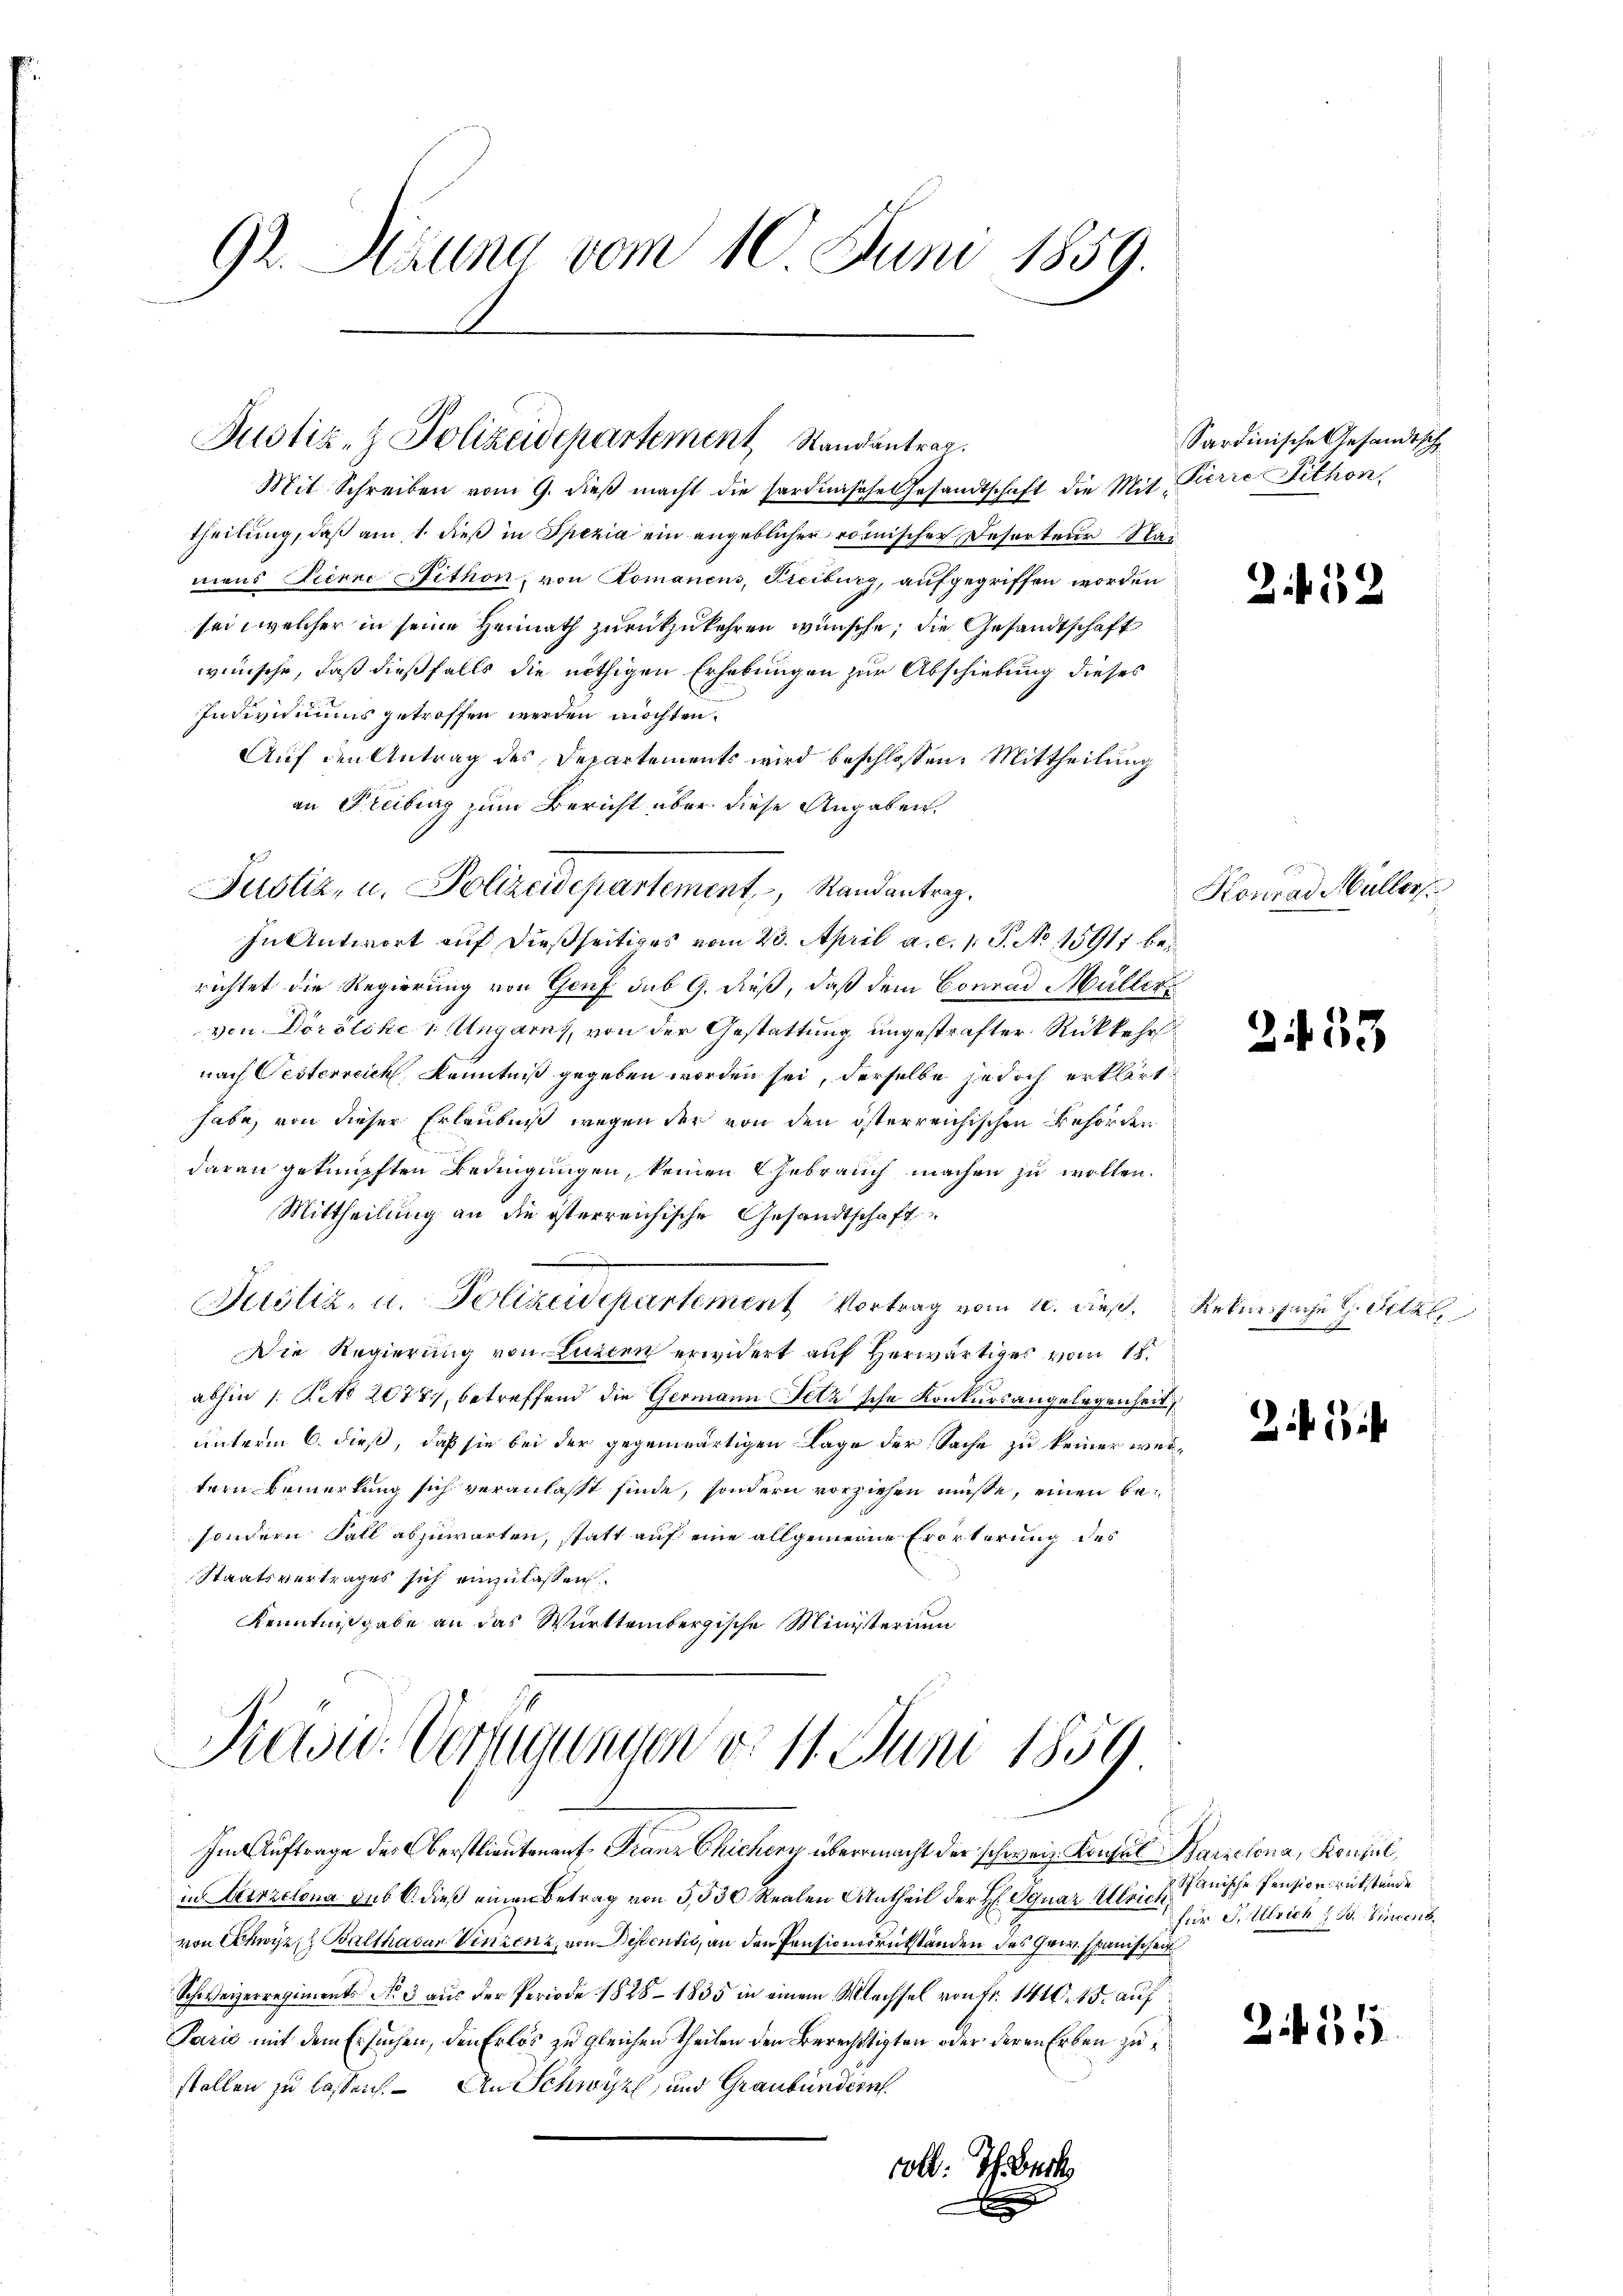
92. Sitzung vom 10. Juni 1859.

Justiz- & Polizeidepartement Randantrag.

Mit Schreiben vom 9. dieβ macht die sardische Gesandtschaft die Mit Pierre Fithon,
theilung, daß am 1. dieß in Spezia ein angeblicher römischen Resorteur Nai
mans Fierzeithon, von Romanens, Freiburg, aufgegriffen worden
sei, welcher in seine Heimath zurückzukehren wünsche; die Gesandtschaft
wünsche, daß dießfalls die nöthigen Erhebungen zur Abschiebung dieses
Individuums getroffen werden möchten.
Auf den Antrag des Departements wird beschlossen: Mittheilung
an Freibung zum Bericht über diese Angaben.
In Antwort auf dießseitiges vom 23. April a. c. 1 S. No 15911 berichtet die Regierung von Genf sub 9. dieß, daß dem Conrad Müllervon Dörölche Ungarnt, von der Gestattung ungestrafter Rückkehr
nach Pesterreich, Kenntniß gegeben worden sei, derselbe jedoch erklärt
habe, von dieser Erlaubniß wegen der von den österreichischen Behörden
daran geknüpften Bedingungen, keinen Gebrauch machen zu wollen.
Mittheilung an die isterreichische Gesandtschaft
öliz, u. Polizeidepartement Vortrag vom 10. dieß,
Die Regierung von Luzern erwidert auf Herwärtiges vom 18.
abhin 1. No 2077, betreffend die Germann Fetz’sche Konkursangelegenheit,
unterm 6. dieß, daß sie bei der gegenwärtigen Lage der Sache zu keiner weltern Bemerkung sich veranlasst finde, sondern vorziehen müsse, einen besondern Fall abzuwarten, statt auf eine allgemeine Erörterung des
Staatsvertrages sich einzulassen.
Kenntnißgabe an das Württembergische Ministerium

Justiz, u. Polizeidepartement, Randantrag.

Präsid.. Verfügungen d. 11. Juni 1859

Im Auftrage des Oberstlieutenauf Franz Chichery übermacht der schweiz. Konsul Harzelona, Konsul,
in Hirzelona sub 6. dieß einen Betrag von 5,530 Realen Antheil der H. Ignaz Alleich Janische Pension rükstände
von Schwyz, Balthasar Vinzenz, von Depentić, an den Pensionssrükständen des Grw. Spanischen
Schweizerregiment No 3 aus der Periode 1828 – 1835 in einem Machsel von Fr. 1410. 15. auf
Parić mit dem Ersuchen, den Erlös zu gleichen theilen den Berechtigten oder deren Erben zustellen zu lassen. An Schwyz und Graubünden.
voll. Ich. Buch
s

e

Sardinische Gesandtsch

2.452

Konrad Müller

253

Rekurssache L. Tetzl.
A

24 Zif

für F. Ulrich Bd. Vincent

2 f 31